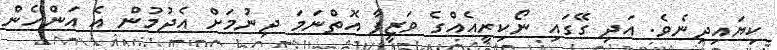
ކިޔައިދިނެވެ. އަދި ގޭގައި ނޯކިރީއެއްގެ ވަޒީފާ އޮތްނަމަ ދިނުމަށް އެދުމުން އެ އަންހެން